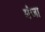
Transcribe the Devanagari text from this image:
मंजा